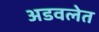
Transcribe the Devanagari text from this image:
अडवलेत